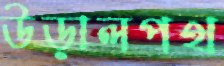
উড়ালপথ